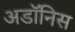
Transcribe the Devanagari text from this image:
अडॉनिस